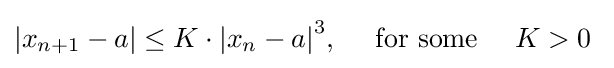
|x_{n+1}-a|\leq K\cdot {|x_{n}-a|}^{3},\quad {\text{ for some }}\quad K>0~